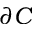
\partial { C }